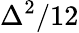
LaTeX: \Delta^{2}/12